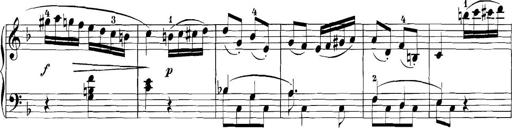
Title: 3 Sonatinas
Composer: Carl Reinecke